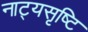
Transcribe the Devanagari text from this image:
नाट्यसृष्टि